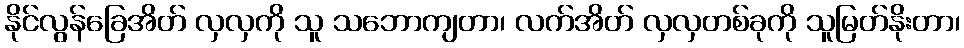
နိုင်လွန်ခြေအိတ် လှလှကို သူ သဘောကျတာ၊ လက်အိတ် လှလှတစ်ခုကို သူမြတ်နိုးတာ၊